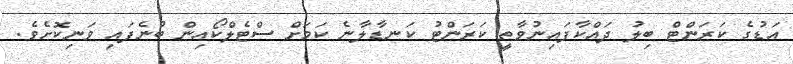
އަޑުގެ ކަރަންޓް ބިލު ދައްކާފައިނުވާތީ ކަރަންޓު ކަނޑާލާނެ ކަމަށް ސްޓެލްކޯއިން ބުނެފައި ވަނިކޮށެވެ.